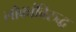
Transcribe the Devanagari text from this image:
लोकांविरुद्ध